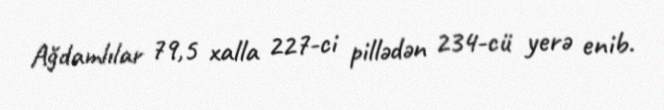
Ağdamlılar 79,5 xalla 227-ci pillədən 234-cü yerə enib.